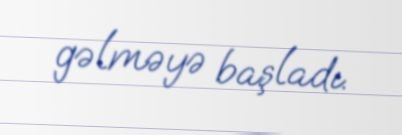
gəlməyə başladı.